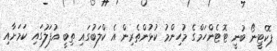
ޕޮކެޓީނޯ ބުނީ ޓޮޓެންހަމްގެ މުހިންމު ކުޅުންތެރިން އެ ކްލަބުގައި ތިބީ އުފަލުގައި ކަމަށާއި